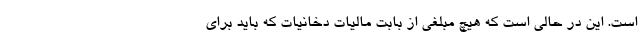
است. این در حالی است که هیچ مبلغی از بابت مالیات دخانیات که باید برای